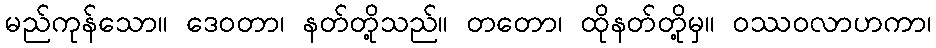
မည်ကုန်သော။ ဒေဝတာ၊ နတ်တို့သည်။ တတော၊ ထိုနတ်တို့မှ။ ဝဿဝလာဟကာ၊